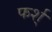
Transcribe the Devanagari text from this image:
फर्श्